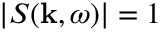
| S ( { \bf k } , \omega ) | = 1